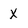
Character: X